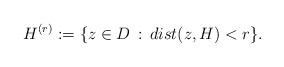
LaTeX: \begin{align*}H^{(r)}:=\{z\in D\,:\, dist(z,H)<r\}.\end{align*}